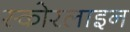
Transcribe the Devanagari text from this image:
स्कोरलाइन